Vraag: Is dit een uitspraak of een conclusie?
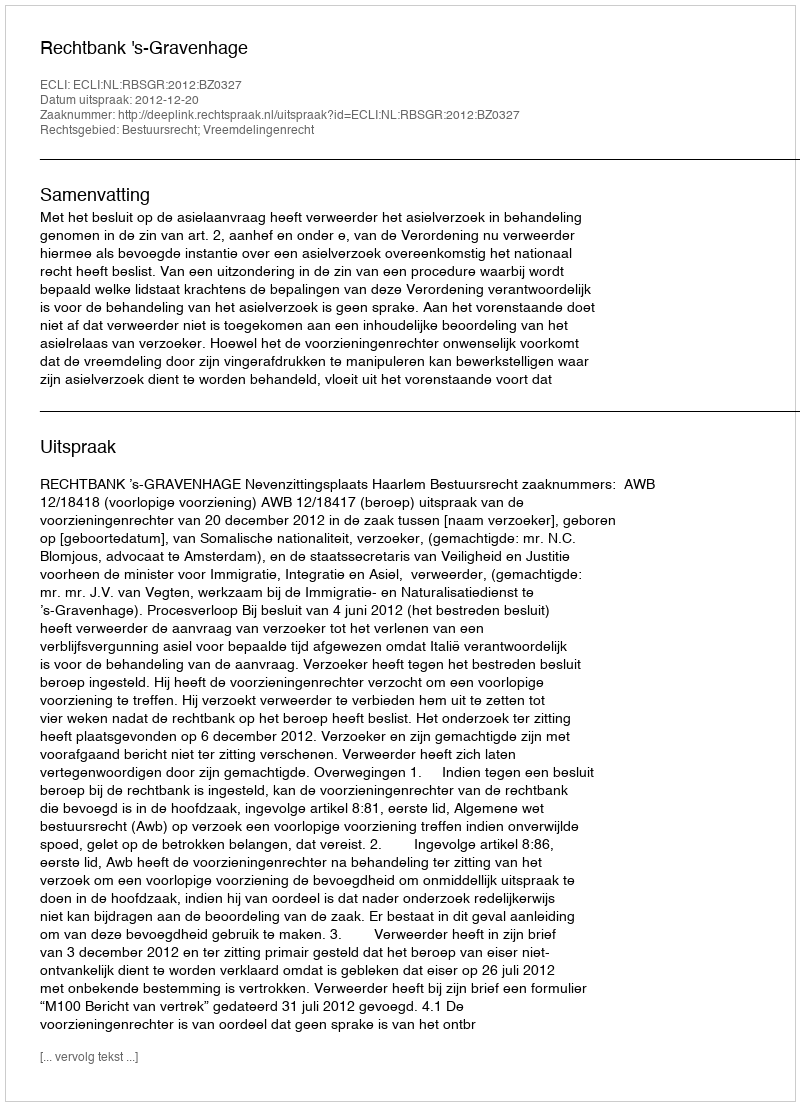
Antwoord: Uitspraak